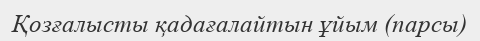
Қозғалысты қадағалайтын ұйым (парсы)